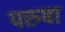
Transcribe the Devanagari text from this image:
परुषा